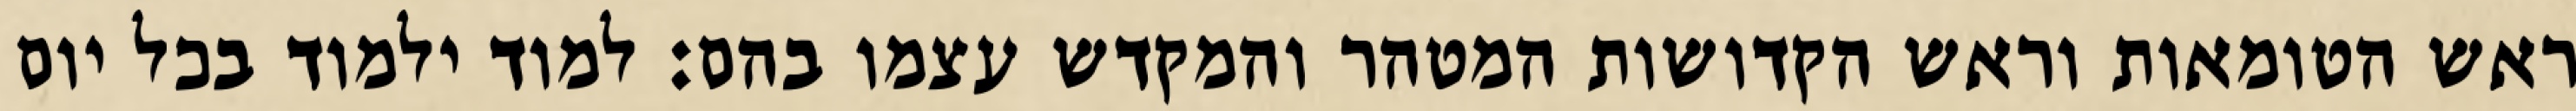
ראש הטומאות וראש הקדושות המטהר והמקדש עצמו בהם: למוד ילמוד בכל יום